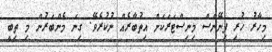
މިހާރު ހުރި ފިނޭންސް މިނިސްޓަރަކަށް އިތުބާރެއް ނުކުރެވޭ. ގިނަ މެންބަރުން މި ތިބީ